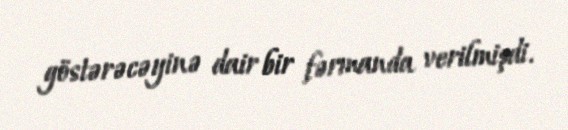
göstərəcəyinə dair bir fərmanda verilmişdi.